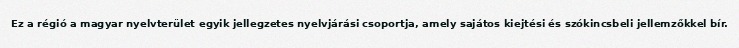
Ez a régió a magyar nyelvterület egyik jellegzetes nyelvjárási csoportja, amely sajátos kiejtési és szókincsbeli jellemzőkkel bír.